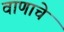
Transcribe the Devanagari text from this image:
वाणाचे